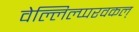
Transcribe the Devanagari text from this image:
वेल्लिल्प्परवकल्